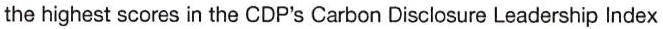
the highest scores in the CDP's Carbon Disclosure Leadership Index